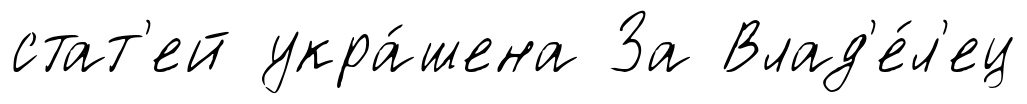
стат'ей укра́шена За Влад'е́л'ец